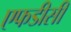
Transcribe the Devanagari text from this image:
एफडीसी